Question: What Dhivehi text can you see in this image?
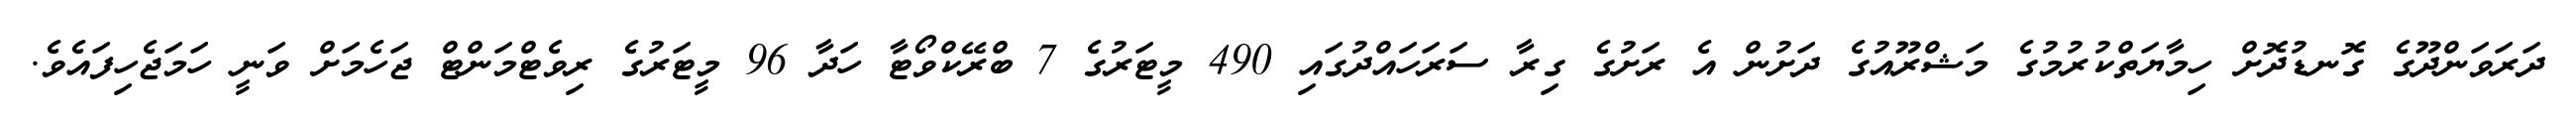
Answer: ދަރަވަންދޫގެ ގޮނޑުދޮށް ހިމާޔަތްކުރުމުގެ މަޝްރޫއުގެ ދަށުން އެ ރަށުގެ ގިރާ ސަރަހައްދުގައި 490 މީޓަރުގެ 7 ބްރޭކްވޯޓާ ހަދާ 96 މީޓަރުގެ ރިވެޓްމަންޓް ޖަހެމަށް ވަނީ ހަމަޖެހިފައެވެ.